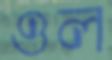
ওল